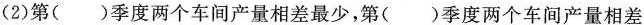
(2)第()季度两个车间产量相差最少，第()季度两个车间产量相差